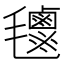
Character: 𣰹